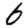
Digit: 6